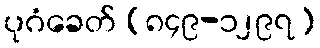
ပုဂံခေတ် (၈၄၉-၁၂၉၇)